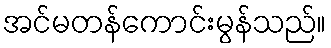
အင်မတန်ကောင်းမွန်သည်။